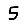
Digit: 5